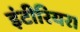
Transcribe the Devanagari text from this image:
इंटीरियर।